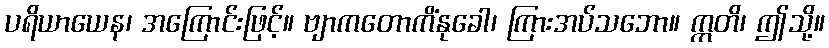
ပရိယာယေန၊ အကြောင်းဖြင့်။ ဗျာကတောကိံနုခေါ၊ ကြားအပ်သဘော။ ဣတိ၊ ဤသို့။